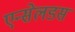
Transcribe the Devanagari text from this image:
एन्सेलडस